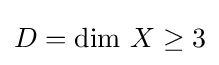
D={\text{dim }}X\geq 3